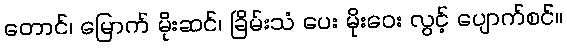
တောင်၊ မြောက် မိုးဆင်၊ ခြိမ်းသံ ပေး မိုးဝေး လွင့် ပျောက်စင်။